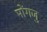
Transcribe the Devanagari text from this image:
मोंगजु